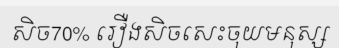
សិច70% រឿងសិចសេះចុយមនុស្ស